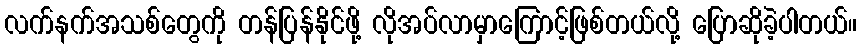
လက်နက်အသစ်တွေကို တန်ပြန်နိုင်ဖို့ လိုအပ်လာမှာကြောင့်ဖြစ်တယ်လို့ ပြောဆိုခဲ့ပါတယ်။